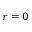
\boldsymbol r = 0